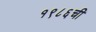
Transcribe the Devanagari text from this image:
१९८६ची